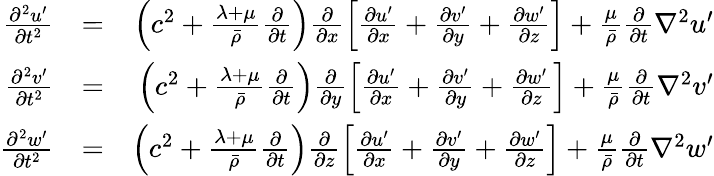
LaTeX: \begin{array}{rlr}{\frac{\partial^{2}u^{\prime}}{\partial t^{2}}}&{=}&{\left(c^{2}+\frac{\lambda+\mu}{\bar{\rho}}\frac{\partial}{\partial t}\right)\frac{\partial}{\partial x}\left[\frac{\partial u^{\prime}}{\partial x}+\frac{\partial v^{\prime}}{\partial y}+\frac{\partial w^{\prime}}{\partial z}\right]+\frac{\mu}{\bar{\rho}}\frac{\partial}{\partial t}\nabla^{2}u^{\prime}}\\ {\frac{\partial^{2}v^{\prime}}{\partial t^{2}}}&{=}&{\left(c^{2}+\frac{\lambda+\mu}{\bar{\rho}}\frac{\partial}{\partial t}\right)\frac{\partial}{\partial y}\left[\frac{\partial u^{\prime}}{\partial x}+\frac{\partial v^{\prime}}{\partial y}+\frac{\partial w^{\prime}}{\partial z}\right]+\frac{\mu}{\bar{\rho}}\frac{\partial}{\partial t}\nabla^{2}v^{\prime}}\\ {\frac{\partial^{2}w^{\prime}}{\partial t^{2}}}&{=}&{\left(c^{2}+\frac{\lambda+\mu}{\bar{\rho}}\frac{\partial}{\partial t}\right)\frac{\partial}{\partial z}\left[\frac{\partial u^{\prime}}{\partial x}+\frac{\partial v^{\prime}}{\partial y}+\frac{\partial w^{\prime}}{\partial z}\right]+\frac{\mu}{\bar{\rho}}\frac{\partial}{\partial t}\nabla^{2}w^{\prime}}\end{array}